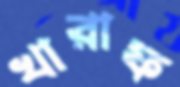
খারাফ